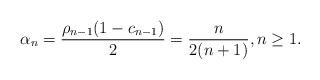
\begin{align*}\alpha_n = \dfrac{\rho_{n-1}(1-c_{n-1})}{2}=\dfrac{n}{2(n+1)}, n \geq 1.\end{align*}